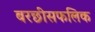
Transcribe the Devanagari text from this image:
बरछीसफलिक